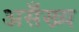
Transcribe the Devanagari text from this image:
असँख्य